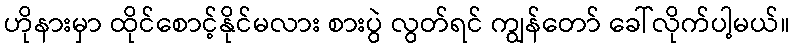
ဟိုနားမှာ ထိုင်စောင့်နိုင်မလား စားပွဲ လွတ်ရင် ကျွန်တော် ခေါ်လိုက်ပါ့မယ်။